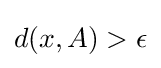
{\textstyle d(x,A)>\epsilon }